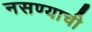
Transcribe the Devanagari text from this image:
नसण्याची